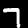
Label: 7